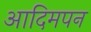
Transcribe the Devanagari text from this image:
आदिमपन